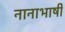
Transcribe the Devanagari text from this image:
नानाभाषी